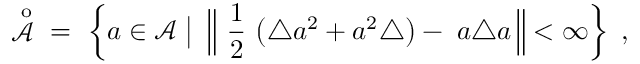
\displaystyle \mathop { { \mathcal A } } ^ { \; \, \mathrm { o } } \ = \ \left\{ a \in { \mathcal A } \bigm | \; \Big \| \ \frac 1 2 \, \left( \triangle a ^ { 2 } + a ^ { 2 } \triangle \right) - \; a \triangle a \, \Big \| < \infty \right\} \ ,